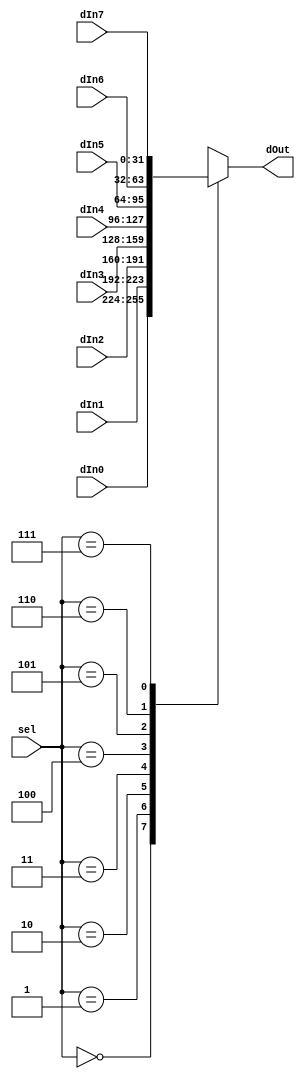
`timescale 1ns / 1ps
//////////////////////////////////////////////////////////////////////////////////
// Company: 
// Engineer: 
// 
// Design Name: 
// Module Name: Mux32B8to1
// Project Name: 
// Target Devices: 
// Tool Versions: 
// Description: 
// 
// Dependencies: 
// 
// Revision:
// Revision 0.01 - File Created
// Additional Comments:
// 
//////////////////////////////////////////////////////////////////////////////////


module Mux32B8to1(
    input [31:0] dIn0,
    input [31:0] dIn1,
    input [31:0] dIn2,
    input [31:0] dIn3,
    input [31:0] dIn4,
    input [31:0] dIn5,
    input [31:0] dIn6,
    input [31:0] dIn7,
    input [2:0] sel,
    output reg [31:0] dOut = 32'h00000000
    );
    
    always @ (*) begin
    case(sel)
      3'b000: dOut[31:0] <= dIn0[31:0];
      3'b001: dOut[31:0] <= dIn1[31:0];
      3'b010: dOut[31:0] <= dIn2[31:0];
      3'b011: dOut[31:0] <= dIn3[31:0];
      3'b100: dOut[31:0] <= dIn4[31:0];
      3'b101: dOut[31:0] <= dIn5[31:0];
      3'b110: dOut[31:0] <= dIn6[31:0];
      3'b111: dOut[31:0] <= dIn7[31:0];
    endcase
  end
endmodule